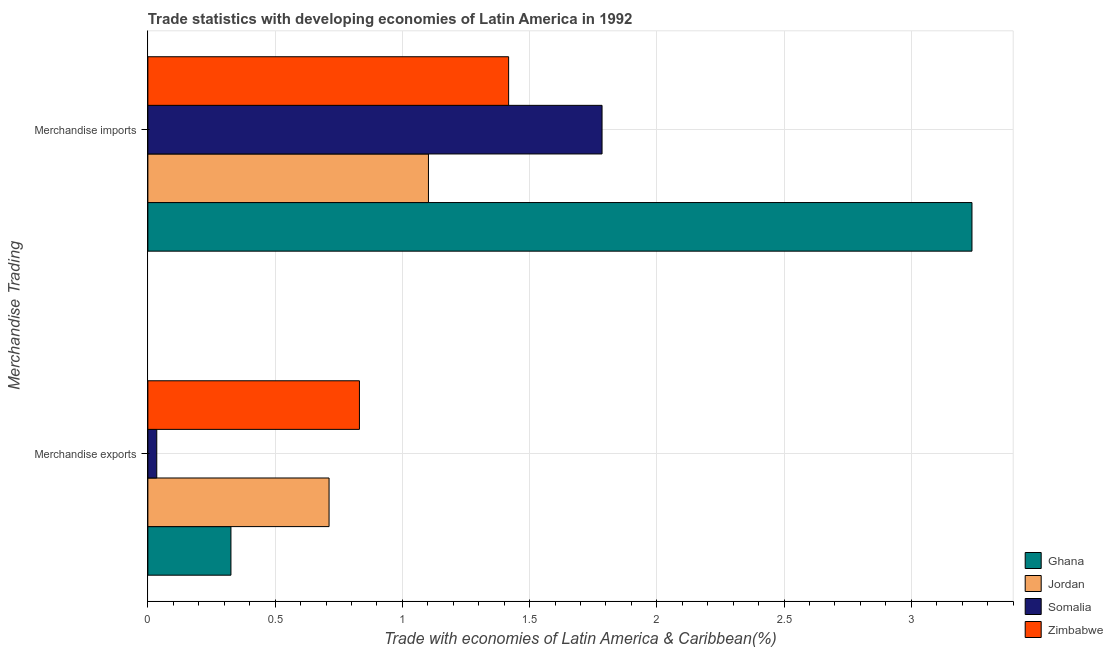
| Merchandise Trading | Ghana | Jordan | Somalia | Zimbabwe |
 | --- | --- | --- | --- | --- |
 | Merchandise exports | 0.326 | 0.712 | 0.035 | 0.831 |
 | Merchandise imports | 3.24 | 1.1 | 1.78 | 1.42 |